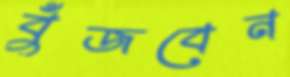
বুঁজবেন